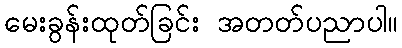
မေးခွန်းထုတ်ခြင်း အတတ်ပညာပါ။